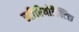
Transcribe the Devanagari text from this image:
स्टीरियोटैक्टिक